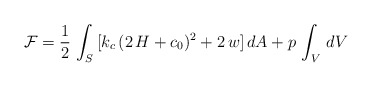
\begin{align*}{\cal F}=\frac{1}{2}\,\int_{S}\,[k_{c}\,(2\,H+c_{0})^2+2\,w]\, dA+p\, \int_{V}\, dV\end{align*}